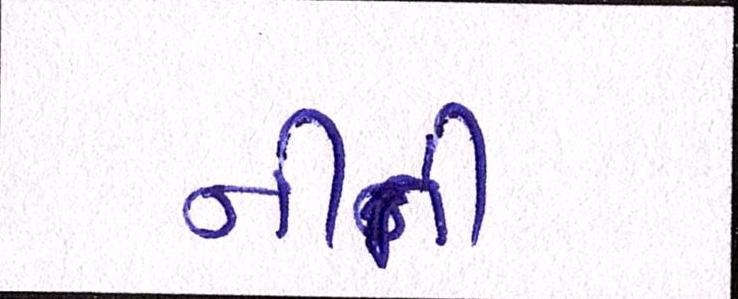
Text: નીતી